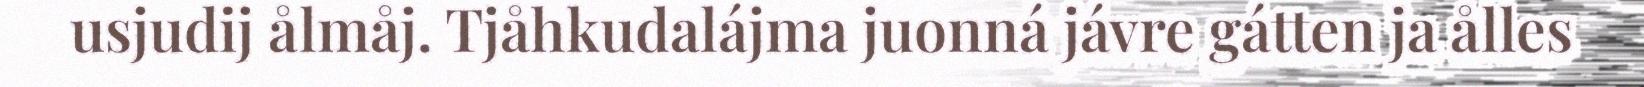
usjudij ålmåj. Tjåhkudalájma juonná jávre gátten ja ålles